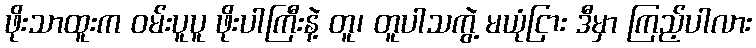
ဖိုးသာထူးက ဝမ်းပူပူ ဖိုးပါကြီးနဲ့ တူ၊ တူပါသကွဲ့ မယုံငြား ဒီမှာ ကြည့်ပါလား